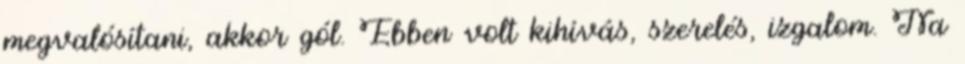
megvalósítani, akkor gól. Ebben volt kihívás, szerelés, izgalom. Na